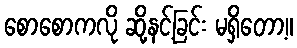
စောစောကလို ဆို့နင့်ခြင်း မရှိတော့။